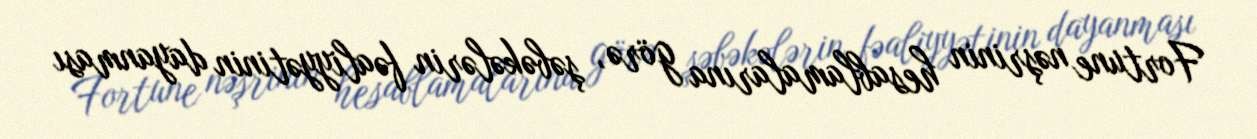
Fortune nəşrinin hesablamalarına görə, şəbəkələrin fəaliyyətinin dayanması